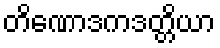
တိဏောဒကဒတ္တိယာ